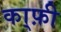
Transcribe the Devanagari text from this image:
का्फ़ी